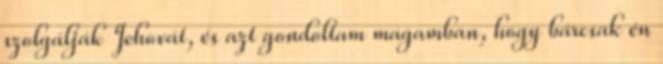
szolgálják Jehovát, és azt gondoltam magamban, hogy bárcsak én